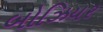
બોઝિયર